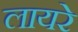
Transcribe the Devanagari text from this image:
लायरे